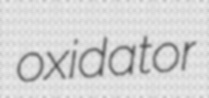
oxidator